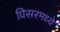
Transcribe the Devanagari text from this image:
घिसरमध्ये